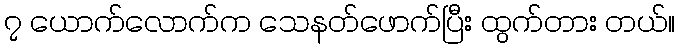
၇ ယောက်လောက်က သေနတ်ဖောက်ပြီး ထွက်တား တယ်။